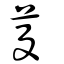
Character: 芟